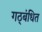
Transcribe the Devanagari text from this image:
गठ्बंधित